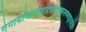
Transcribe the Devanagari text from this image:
गंगायांमरणंयादृक्तादृक्फलमवाप्नुयादिति